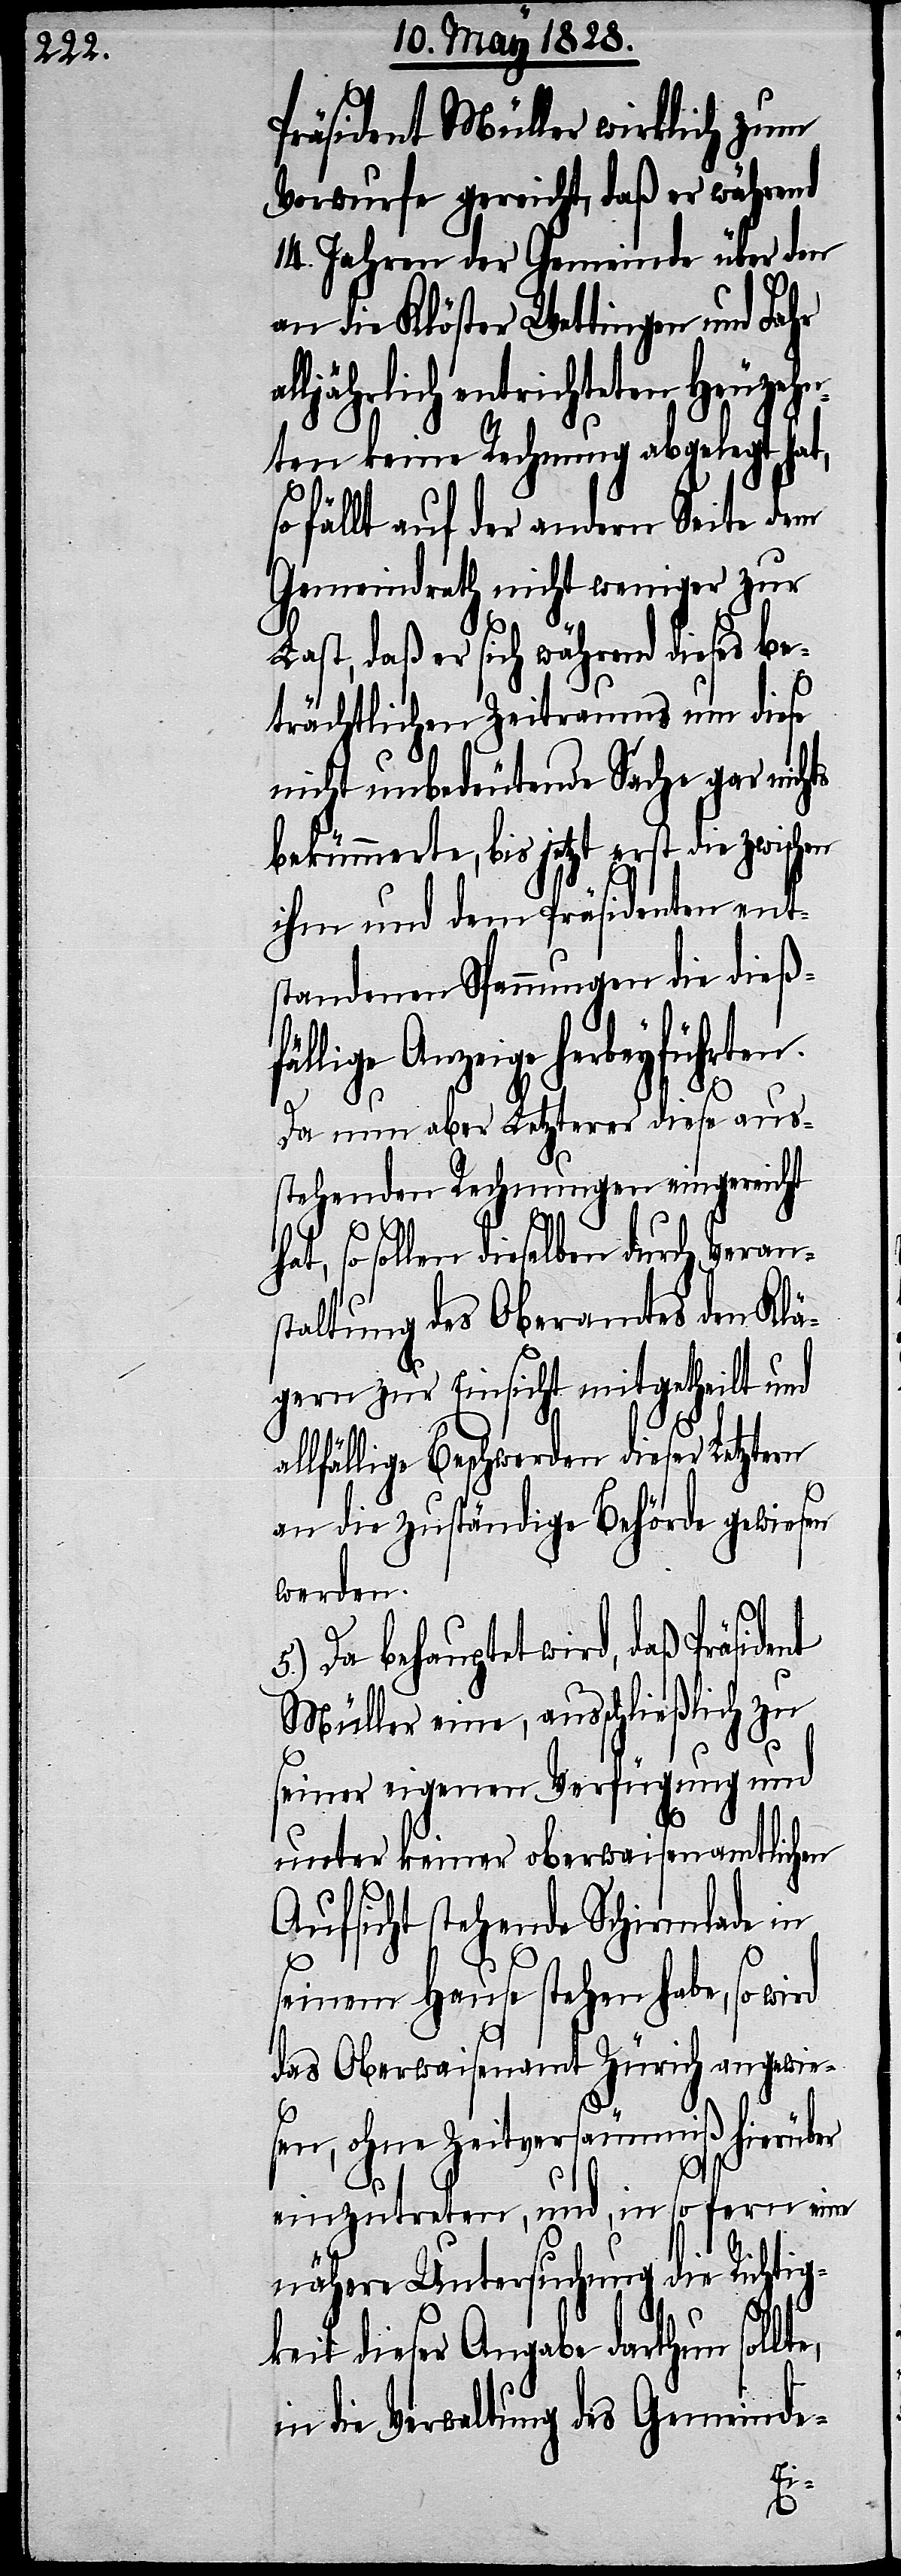
nt
Präsident Müller wirklich zum
Vorwurfe gereicht, daß er während
14. Jahren der Gemeinde über den
an die Klöster Wettingen und Fahr
lljährlich entrichteten Heuzehn¬
ten keine Rechnung abgelegt hat,
fällt auf der andern Seite dem
Gemeindrath nicht weniger zur
Last, daß er sich während dieses be¬
trächtlichen Zeitraums um diese
nicht unbedeutende Sache gar nichts
bekümmerte, bis jetzt erst die zwischen
ihm und dem Präsidenten ent¬
standenen Spannungen die dießf¬
herbeyführten.
Da nun aber Letzterer diese aus¬
stehenden Rechnungen eingereicht
so sollen dieselben durch Veran¬
staltung des Oberamtes den Klä¬
gern zur Einsicht mitgetheilt und
allfällige Beschwerden dieser Letztern
an die zuständige Behörde gewiesen
werden.
Da behauptet wird, daß Präside¬
Müller eine, ausschließlich zu
seiner eigenen Verfügung und
unter keiner oberwaisenamtlichen
Aufsicht stehende Schirmlade in
so
seinem Hause stehen habe, so wird
das Oberwaisenamt Zürich angewie¬
sen, ohne Zeitversäumniß hierüber
einzutreten, und, in so fern eine
nähere Untersuchung die Richtig¬
5.)
keit dieser Angabe darthun sollt¬
die Verwaltung des Gemeinde-
in